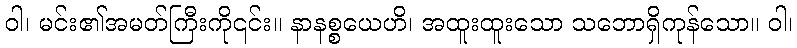
ဝါ၊ မင်း၏အမတ်ကြီးကို၎င်း။ နာနစ္စယေဟိ၊ အထူးထူးသော သဘောရှိကုန်သော။ ဝါ၊